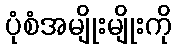
ပုံစံအမျိုးမျိုးကို